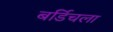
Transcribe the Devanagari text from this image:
बर्डिचला